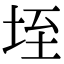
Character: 垤